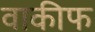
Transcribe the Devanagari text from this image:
वाकीफ